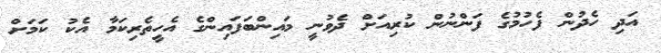
އަދި ހެދުން ފެހުމުގެ ފަންނުން ކުރިއަށް ދެވުނީ މައިންބަފައިންގެ އެހީތެރިކަމާ އެކު ކަމަށް